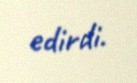
edirdi.